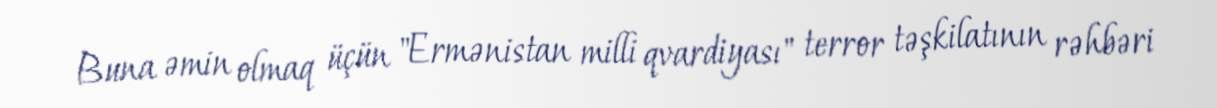
Buna əmin olmaq üçün "Ermənistan milli qvardiyası" terror təşkilatının rəhbəri